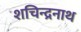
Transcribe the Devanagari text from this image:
शचिन्द्रनाथ